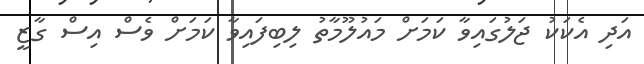
އަދި އެކަކު ޖަލުގައިވާ ކަމަށް މައުލޫމާތު ލިބިފައިވާ ކަމަށް ވެސް އިސް ގާޒީ